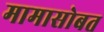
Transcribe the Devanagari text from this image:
मामासोबत